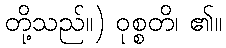
တို့သည်။) ဝုစ္စတိ၊ ၏။